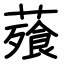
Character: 薞